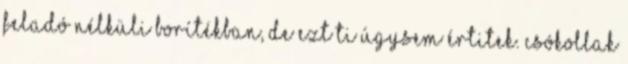
feladó nélküli borítékban, de ezt ti úgysem értitek. Csókollak